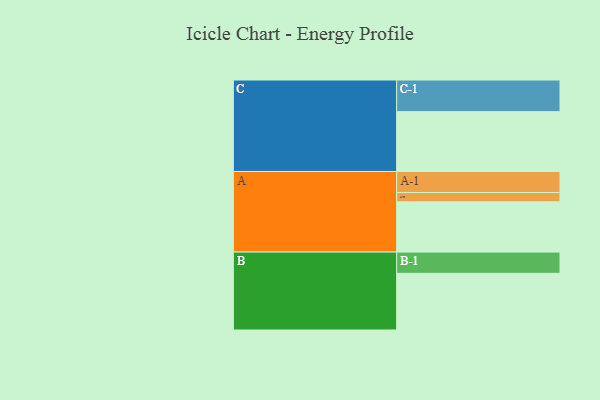
{"axis": {"x": "Segment", "y": "Value"}, "legend": ["", "A", "B", "C"], "data": [{"x": "A", "y": 416, "type": ""}, {"x": "B", "y": 469, "type": ""}, {"x": "C", "y": 495, "type": ""}, {"x": "A-1", "y": 174, "type": "A"}, {"x": "A-2", "y": 77, "type": "A"}, {"x": "B-1", "y": 176, "type": "B"}, {"x": "C-1", "y": 262, "type": "C"}]}